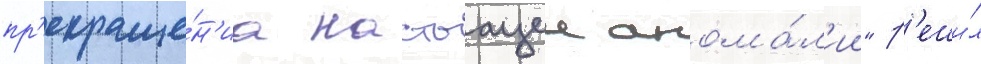
пр'екраще́н'иа настоащеи анома́л'ии" р'еши́л